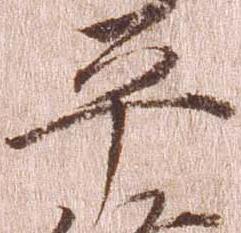
平